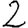
Digit: 2